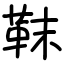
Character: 靺